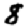
Digit: 8